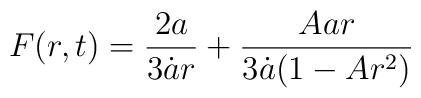
F(r,t) = \frac{2a}{3\dot{a}r} + \frac{Aar}{3\dot{a}(1-Ar^2)}